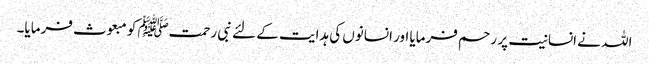
اللہ نے انسانیت پر رحم فرمایا اور انسانوں کی ہدایت کے لئے نبی رحمتﷺ کو مبعوث فرمایا۔